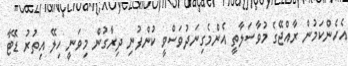
އެހެންކަމުން ރާއްޖޭގެ މުވާސަލާތީ އެންމެގިނަދުވަސްވީ ކުންފުނި ދިރާގުން މިވަނީ ހިލޭ އިތުރު ޑޭޓާ